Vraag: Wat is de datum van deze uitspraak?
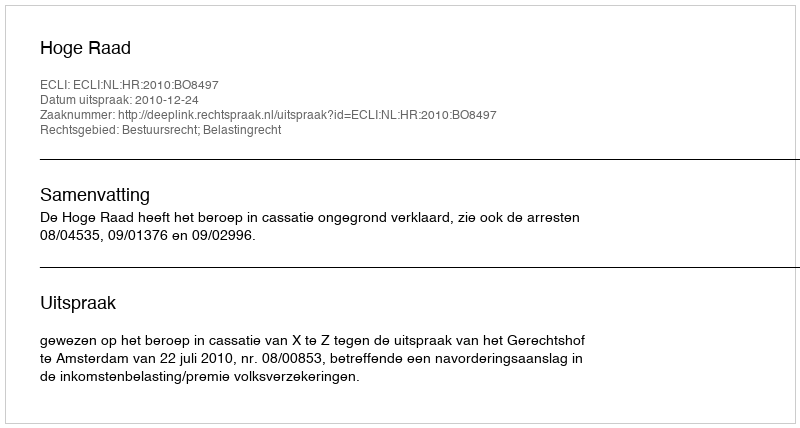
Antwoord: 2010-12-24